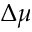
\Delta \mu